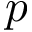
p